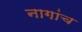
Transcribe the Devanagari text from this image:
नागांच